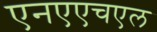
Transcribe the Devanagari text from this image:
एनएएचएल